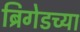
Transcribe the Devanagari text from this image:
ब्रिगेडच्या